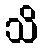
သိ